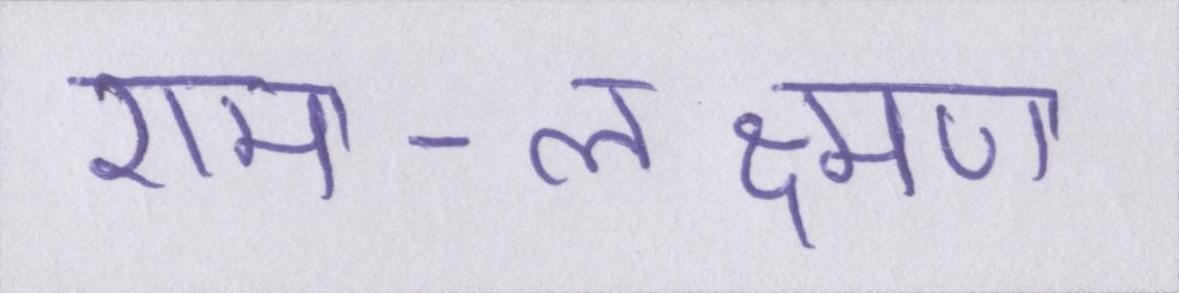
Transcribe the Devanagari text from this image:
राम-लक्ष्मण